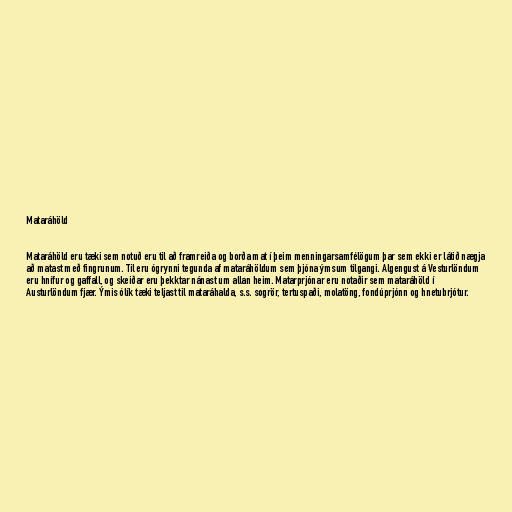
Mataráhöld

Mataráhöld eru tæki sem notuð eru til að framreiða og borða mat í þeim menningarsamfélögum þar sem ekki er látið nægja
að matast með fingrunum. Til eru ógrynni tegunda af mataráhöldum sem þjóna ýmsum tilgangi. Algengust á Vesturlöndum
eru hnífur og gaffall, og skeiðar eru þekktar nánast um allan heim. Matarprjónar eru notaðir sem mataráhöld í
Austurlöndum fjær. Ýmis ólík tæki teljast til mataráhalda, s.s. sogrör, tertuspaði, molatöng, fondúprjónn og hnetubrjótur.